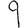
Digit: 9